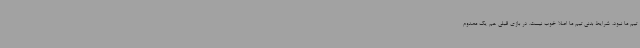
تیم ما نبود، شرایط بدنی تیم ما اصلا خوب نیست. در بازی قبلی هم یک مصدوم